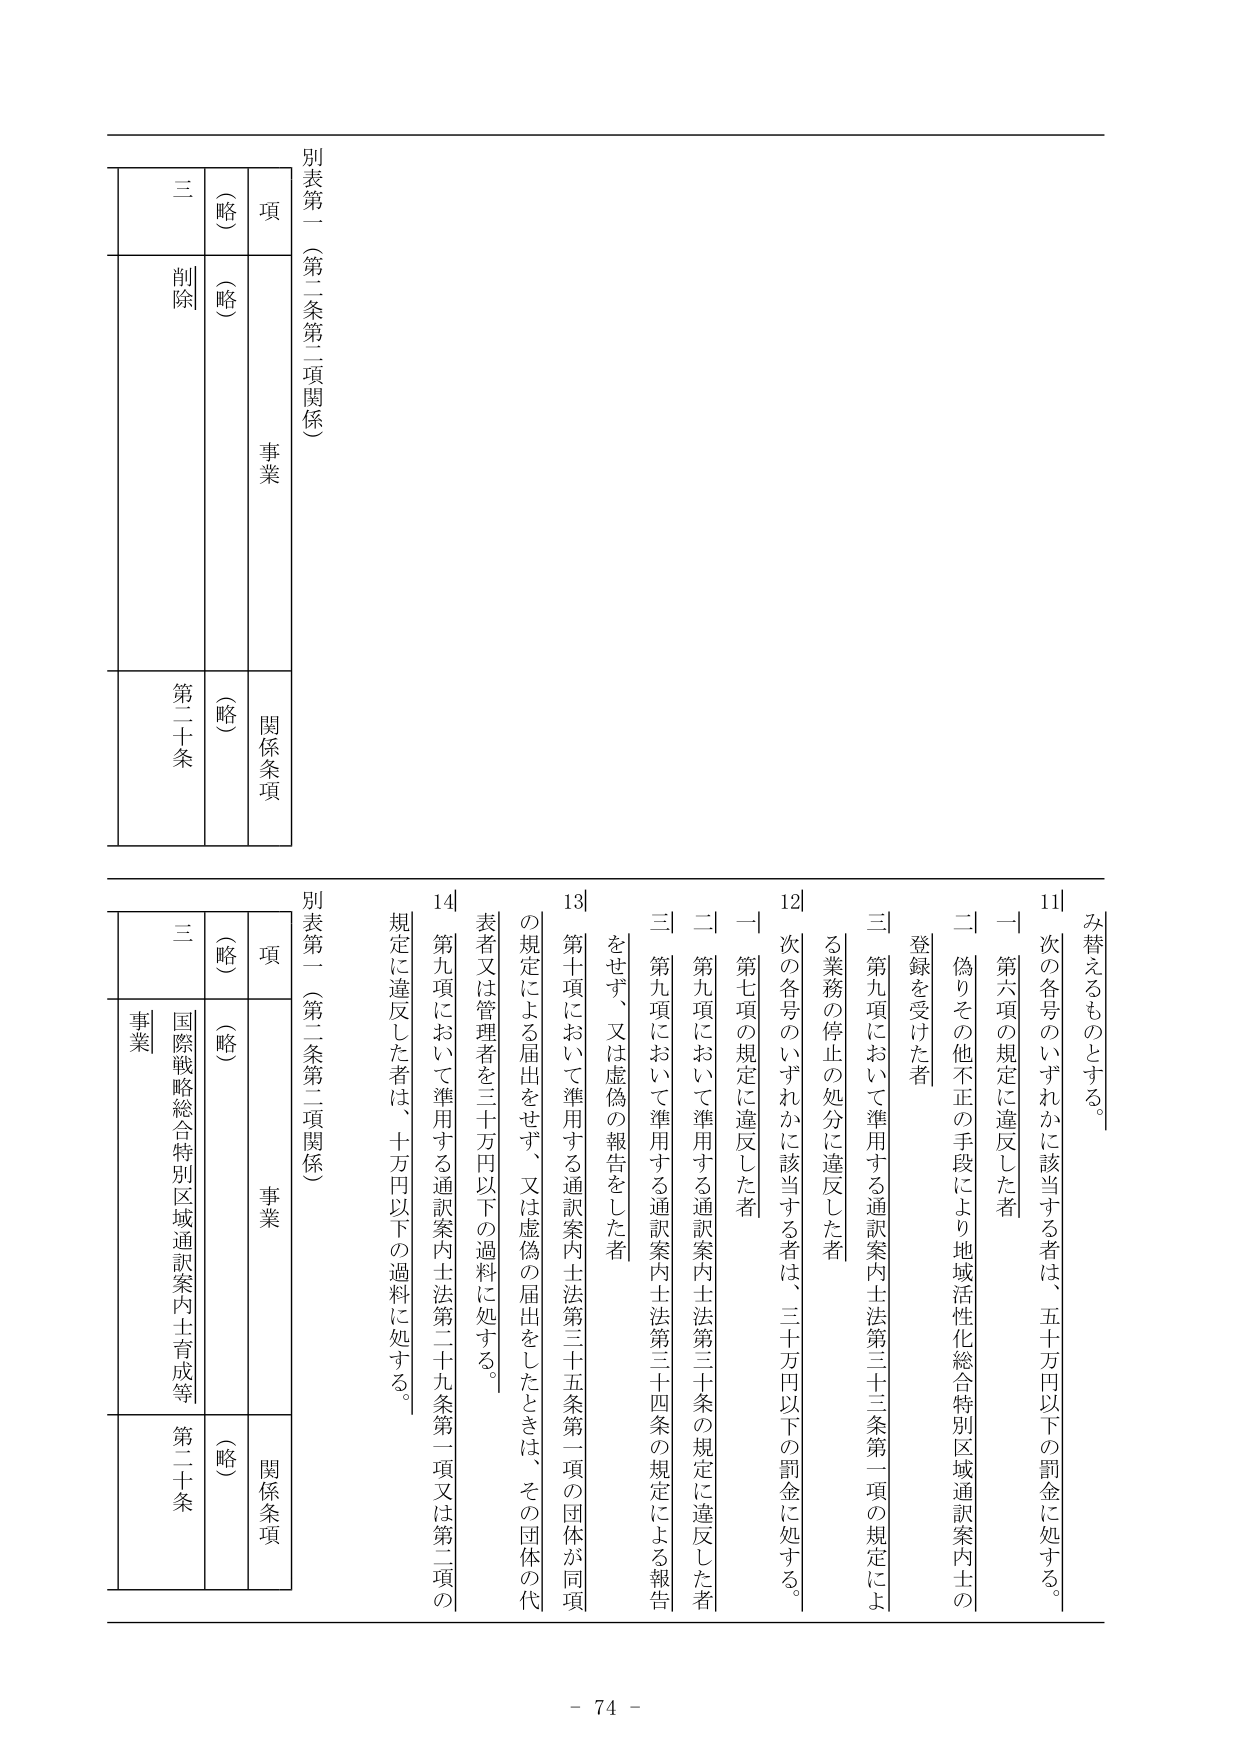
別表第一（第二条第二項関係）

項
（略）
事業
三
削除
（略）
関係条項
第二十条

別表第一（第二条第二項関係）

項
（略）
事業
三
国際戦略総合特別区域通訳案内士育成等
事業
（略）
関係条項
第二十条

み替えるものとする。

11 次の各号のいずれかに該当する者は、五十万円以下の罰金に処する。
一 第六項の規定に違反した者
二 偽りその他不正の手段により地域活性化総合特別区域通訳案内士の登録を受けた者
三 第九項において準用する通訳案内士法第三十三条第一項の規定による業務の停止の処分に違反した者

12 次の各号のいずれかに該当する者は、三十万円以下の罰金に処する。
一 第七項の規定に違反した者
二 第九項において準用する通訳案内士法第三十条の規定に違反した者
三 第九項において準用する通訳案内士法第三十四条の規定による報告をせず、又は虚偽の報告をした者

13 第十項において準用する通訳案内士法第三十五条第一項の団体が同項の規定による届出をせず、又は虚偽の届出をしたときは、その団体の代表者又は管理者を三十万円以下の過料に処する。

14 第九項において準用する通訳案内士法第二十九条第一項又は第二項の規定に違反した者は、十万円以下の過料に処する。

- 74 -